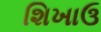
શિખાઉ